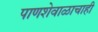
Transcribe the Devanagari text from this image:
पाणशेवाळाचाही